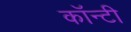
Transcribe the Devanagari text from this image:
काॅन्टी